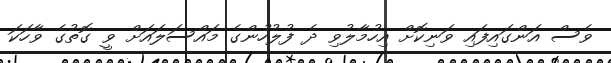
ވެސް އަންގައިފައި ވަނިކޮށް އިހުމާލުވި ދެ ފުލުހުންގެ މައްސަލައަށް ވީ ގޮތުގެ ވާހަކަ